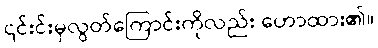
၎င်းင်းမှလွတ်ကြောင်းကိုလည်း ဟောထား၏။